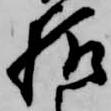
様